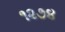
૧૨૭૪